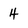
Character: 4